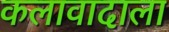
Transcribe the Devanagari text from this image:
कलावादाला